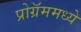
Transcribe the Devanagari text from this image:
प्रोग्रॅममध्ये